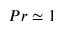
P r \simeq 1